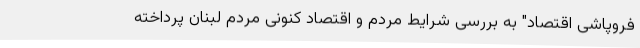
فروپاشی اقتصاد" به بررسی شرایط مردم و اقتصاد کنونی مردم لبنان پرداخته